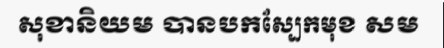
សុខានិយម បានបកស្បែកមុខ សម